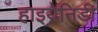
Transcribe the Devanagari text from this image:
हाइयेनिडी